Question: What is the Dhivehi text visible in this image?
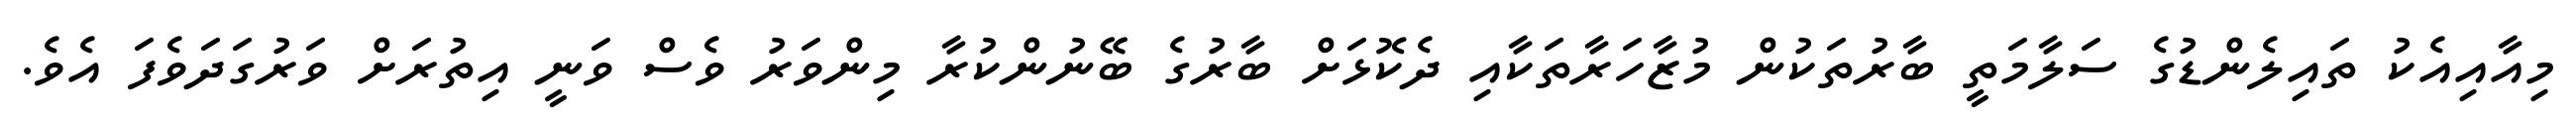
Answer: މިއާއިއެކު ތައިލެންޑުގެ ސަލާމަތީ ބާރުތަކުން މުޒާހަރާތަކާއި ދެކޮޅަށް ބާރުގެ ބޭނުންކުރާ މިންވަރު ވެސް ވަނީ އިތުރަށް ވަރުގަދަވެފަ އެވެ.